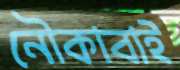
নৌকাবাই